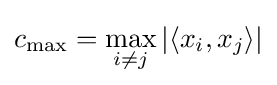
c_{\max }=\max _{i\neq j}|\langle x_{i},x_{j}\rangle |